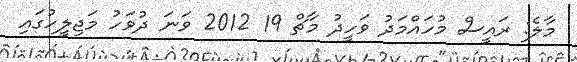
މާލެ: ރައީސް މުހައްމަދު ވަހީދު މާޗް 19 2012 ވަނަ ދުވަހު މަޖިލީހުގައި